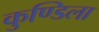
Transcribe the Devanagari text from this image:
कुण्डिला